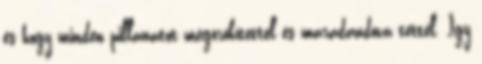
és hogy minden pillanatot megörökítettél és maradandóvá tettél. Így